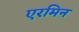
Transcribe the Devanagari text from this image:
एरमिन